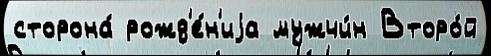
сторона́ рожд'е́н'иjа мужчи́н Второ́й